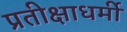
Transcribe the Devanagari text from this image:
प्रतीक्षाधर्मी